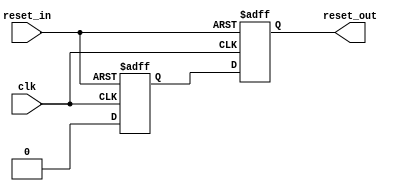
//
// Copyright 2011 Ettus Research LLC
//




module reset_sync
  (input clk,
   input reset_in,
   output  reset_out);

   (* ASYNC_REG = "TRUE" *) reg reset_int = 1'b1;
   (* ASYNC_REG = "TRUE" *) reg reset_out_tmp = 1'b1;

   always @(posedge clk or posedge reset_in)
     if(reset_in)
       {reset_out_tmp,reset_int} <= 2'b11;
     else
       {reset_out_tmp,reset_int} <= {reset_int,1'b0};

   assign reset_out = reset_out_tmp;


endmodule // reset_sync